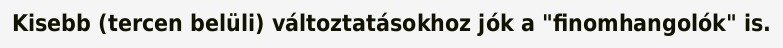
Kisebb (tercen belüli) változtatásokhoz jók a "finomhangolók" is.